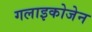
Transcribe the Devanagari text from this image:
गलाइकोजेन